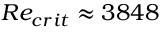
R e _ { c r i t } \approx 3 8 4 8